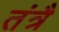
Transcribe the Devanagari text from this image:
तंत्रै